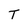
Character: T